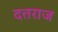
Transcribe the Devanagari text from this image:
दत्तराज